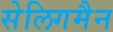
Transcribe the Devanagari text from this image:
सेलिगमैन